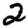
Digit: 2